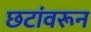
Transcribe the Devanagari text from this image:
छटांवरून